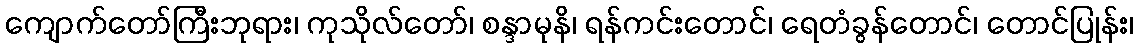
ကျောက်တော်ကြီးဘုရား၊ ကုသိုလ်တော်၊ စန္ဒာမုနိ၊ ရန်ကင်းတောင်၊ ရေတံခွန်တောင်၊ တောင်ပြုန်း၊